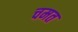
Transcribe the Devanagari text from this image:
चमत